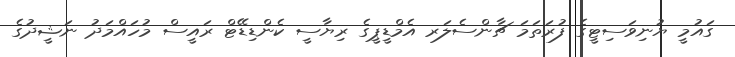
ގައުމީ ޔުނިވަސިޓީގެ ފުރަތަމަ ޗާންސެލަރ އެމްޑީޕީގެ ރިޔާސީ ކެންޑިޑޭޓް ރައީސް މުހައްމަދު ނަޝީދުގެ